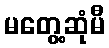
မတွေ့ဆုံမီ